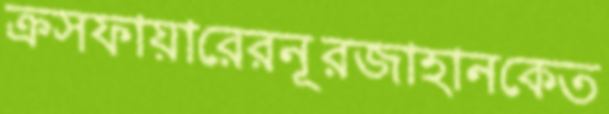
ক্রসফায়ারেরনূরজাহানকেত